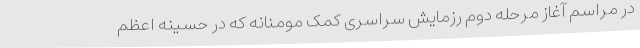
در مراسم آغاز مرحله دوم رزمایش سراسری کمک مومنانه که در حسینه اعظم